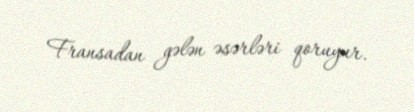
Fransadan gələn əsərləri qoruyur.